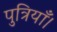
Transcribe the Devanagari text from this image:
पुत्रियाँ।